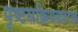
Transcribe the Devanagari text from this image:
पृष्टसक्रियकारक